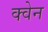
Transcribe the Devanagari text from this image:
क्वेन